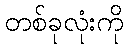
တစ်ခုလုံးကို